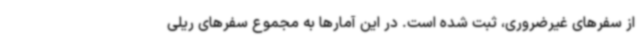
از سفرهای غیرضروری، ثبت شده است. در این آمارها به مجموع سفرهای ریلی